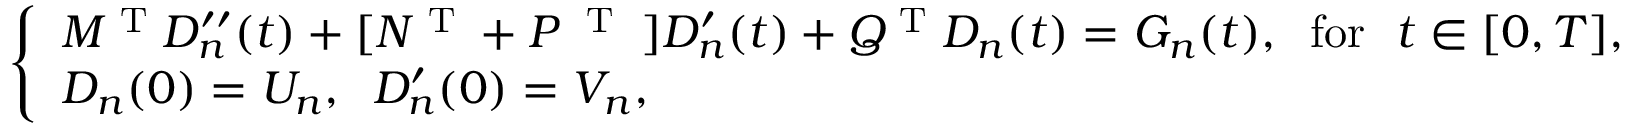
\begin{array} { r } { \left\{ \begin{array} { l c } { M ^ { \textrm { T } } D _ { n } ^ { \prime \prime } ( t ) + [ N ^ { \textrm { T } } + P ^ { \textrm { \textrm { T } } } ] D _ { n } ^ { \prime } ( t ) + Q ^ { \textrm { T } } D _ { n } ( t ) = G _ { n } ( t ) , \; \; \mathrm { f o r } \ \ t \in [ 0 , T ] , } \\ { D _ { n } ( 0 ) = U _ { n } , \; \; D _ { n } ^ { \prime } ( 0 ) = V _ { n } , } \end{array} \right. } \end{array}